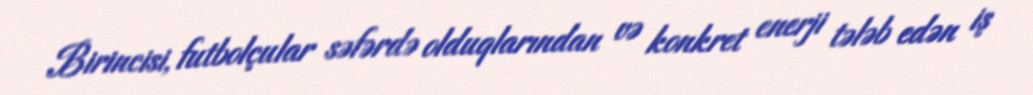
Birincisi, futbolçular səfərdə olduqlarından və konkret enerji tələb edən iş